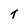
Character: T